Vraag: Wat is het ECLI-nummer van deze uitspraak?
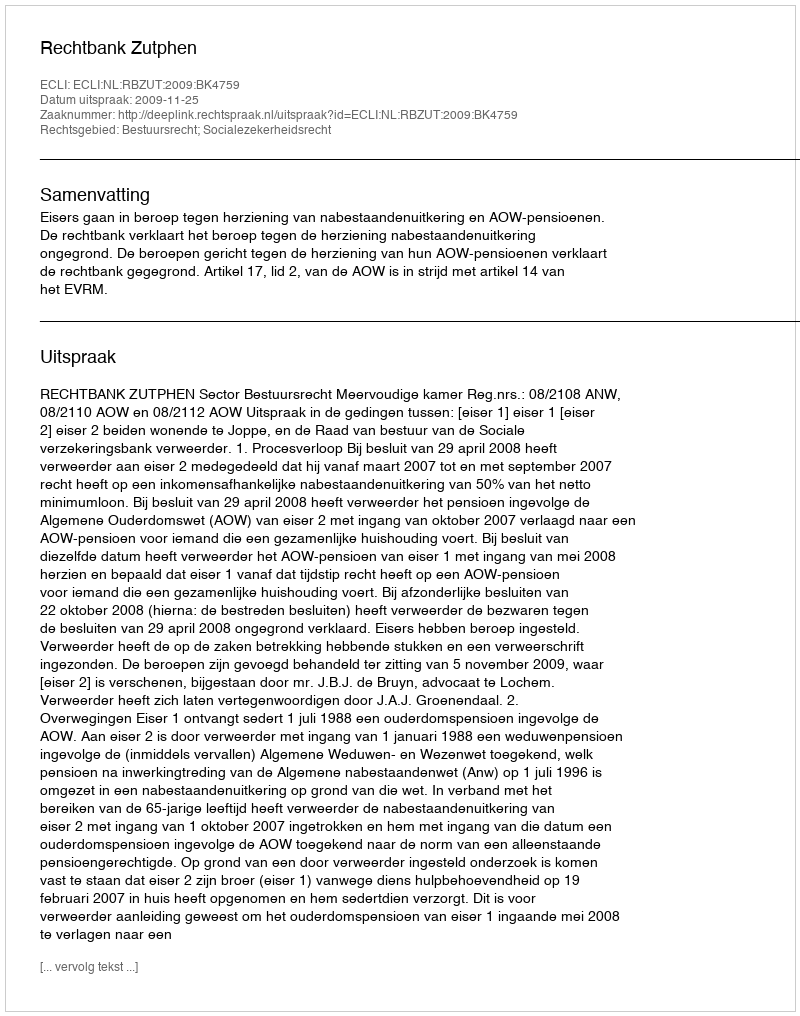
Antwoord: ECLI:NL:RBZUT:2009:BK4759